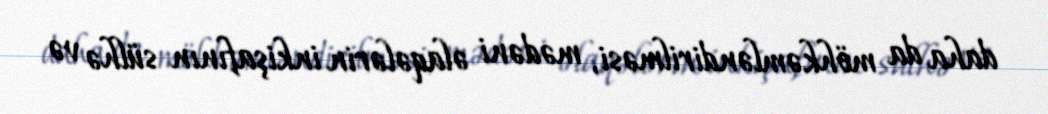
daha da möhkəmləndirilməsi, mədəni əlaqələrin inkişafının sülhə və